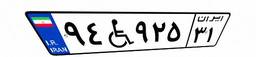
۹۴W۹۲۵۳۱